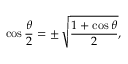
\cos { \frac { \theta } { 2 } } = \pm \, { \sqrt { \frac { 1 + \cos \theta } { 2 } } } ,